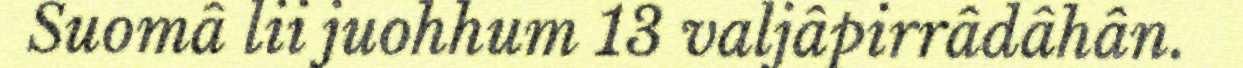
Suomâ lii juohhum 13 valjâpirrâdâhân.